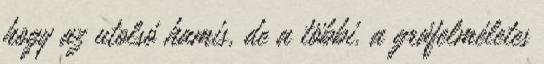
hogy az utolsó hamis, de a többi. a gráfelméletes